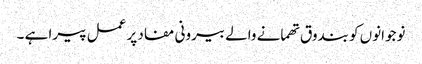
نوجوانوں کو بندوق تھمانے والے بیرونی مفاد پر عمل پیرا ہے ۔